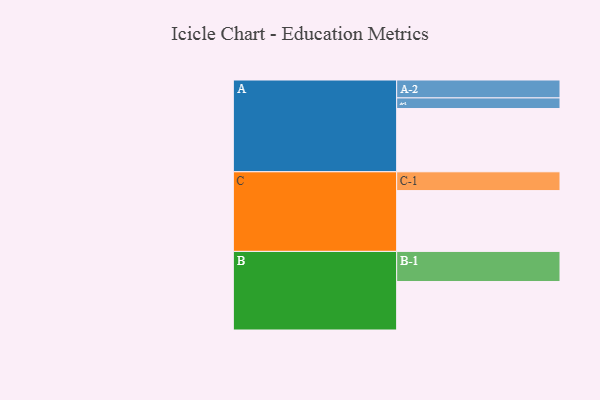
{"axis": {"x": "Segment", "y": "Value"}, "legend": ["", "A", "B", "C"], "data": [{"x": "A", "y": 494, "type": ""}, {"x": "B", "y": 379, "type": ""}, {"x": "C", "y": 475, "type": ""}, {"x": "A-1", "y": 83, "type": "A"}, {"x": "A-2", "y": 140, "type": "A"}, {"x": "B-1", "y": 235, "type": "B"}, {"x": "C-1", "y": 147, "type": "C"}]}